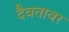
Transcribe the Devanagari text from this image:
दैवतावर